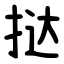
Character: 挞